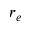
r _ { e }